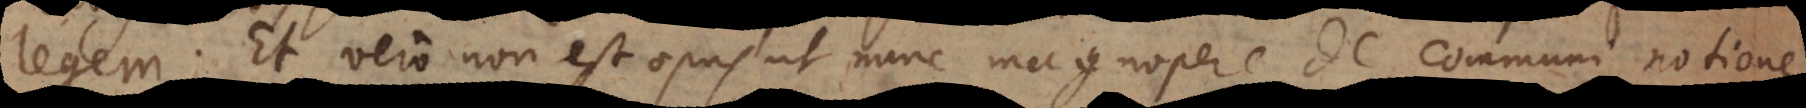
legem. Et vero non est opus ut nunc magnopere de communi notione